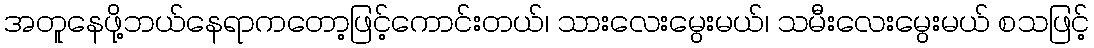
အတူနေဖို့ဘယ်နေရာကတော့ဖြင့်ကောင်းတယ်၊ သားလေးမွေးမယ်၊ သမီးလေးမွေးမယ် စသဖြင့်